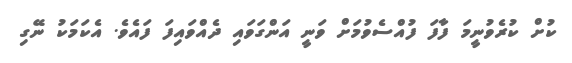
ކުށް ކުރެވުނީމަ ފާފަ ފުއްސެވުމަށް ވަނީ އަންގަވައި ދެއްވައިފަ ފައެވެ. އެކަމަކު ނޭގި